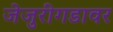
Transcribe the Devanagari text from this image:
जेजुरीगडावर